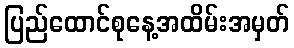
ပြည်ထောင်စုနေ့အထိမ်းအမှတ်